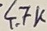
Text: 4.7K